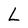
Character: L